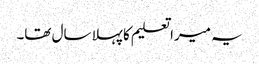
یہ میرا تعلیم کا پہلا سال تھا۔